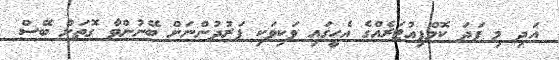
އަދި މި ފަދަ ކޮމްޕިއުޓަރެއްގެ އެހީގައި ވަކިވަކި ފަރުދުންނަށް ބޭނުންވާ ގޮތަށް ބޭސް